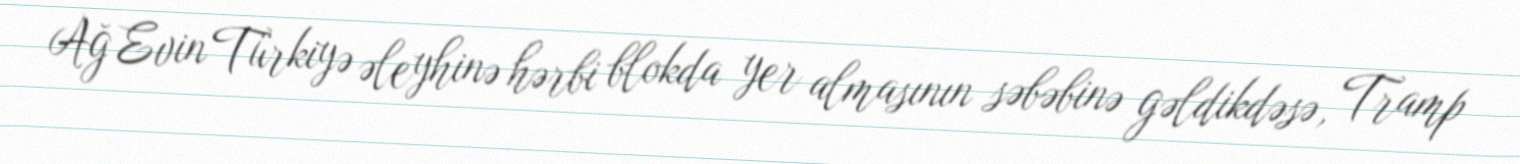
Ağ Evin Türkiyə əleyhinə hərbi blokda yer almasının səbəbinə gəldikdəsə, Tramp